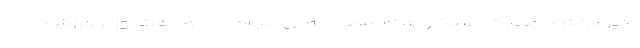
وزیر ورزش بصورت طلبکارانه ای مصاحبه ای انجام داد و گفت: وزیر ورزش